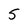
Character: 5